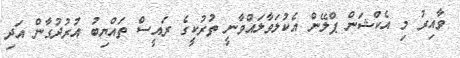
ވާއިރު މި އެކްޝަން ޕްލޭން އެކުލަވާލައްވާނީ ތުރުކީގެ ރައީސް ތައްޔިބު އުރުދުގާން އަދި